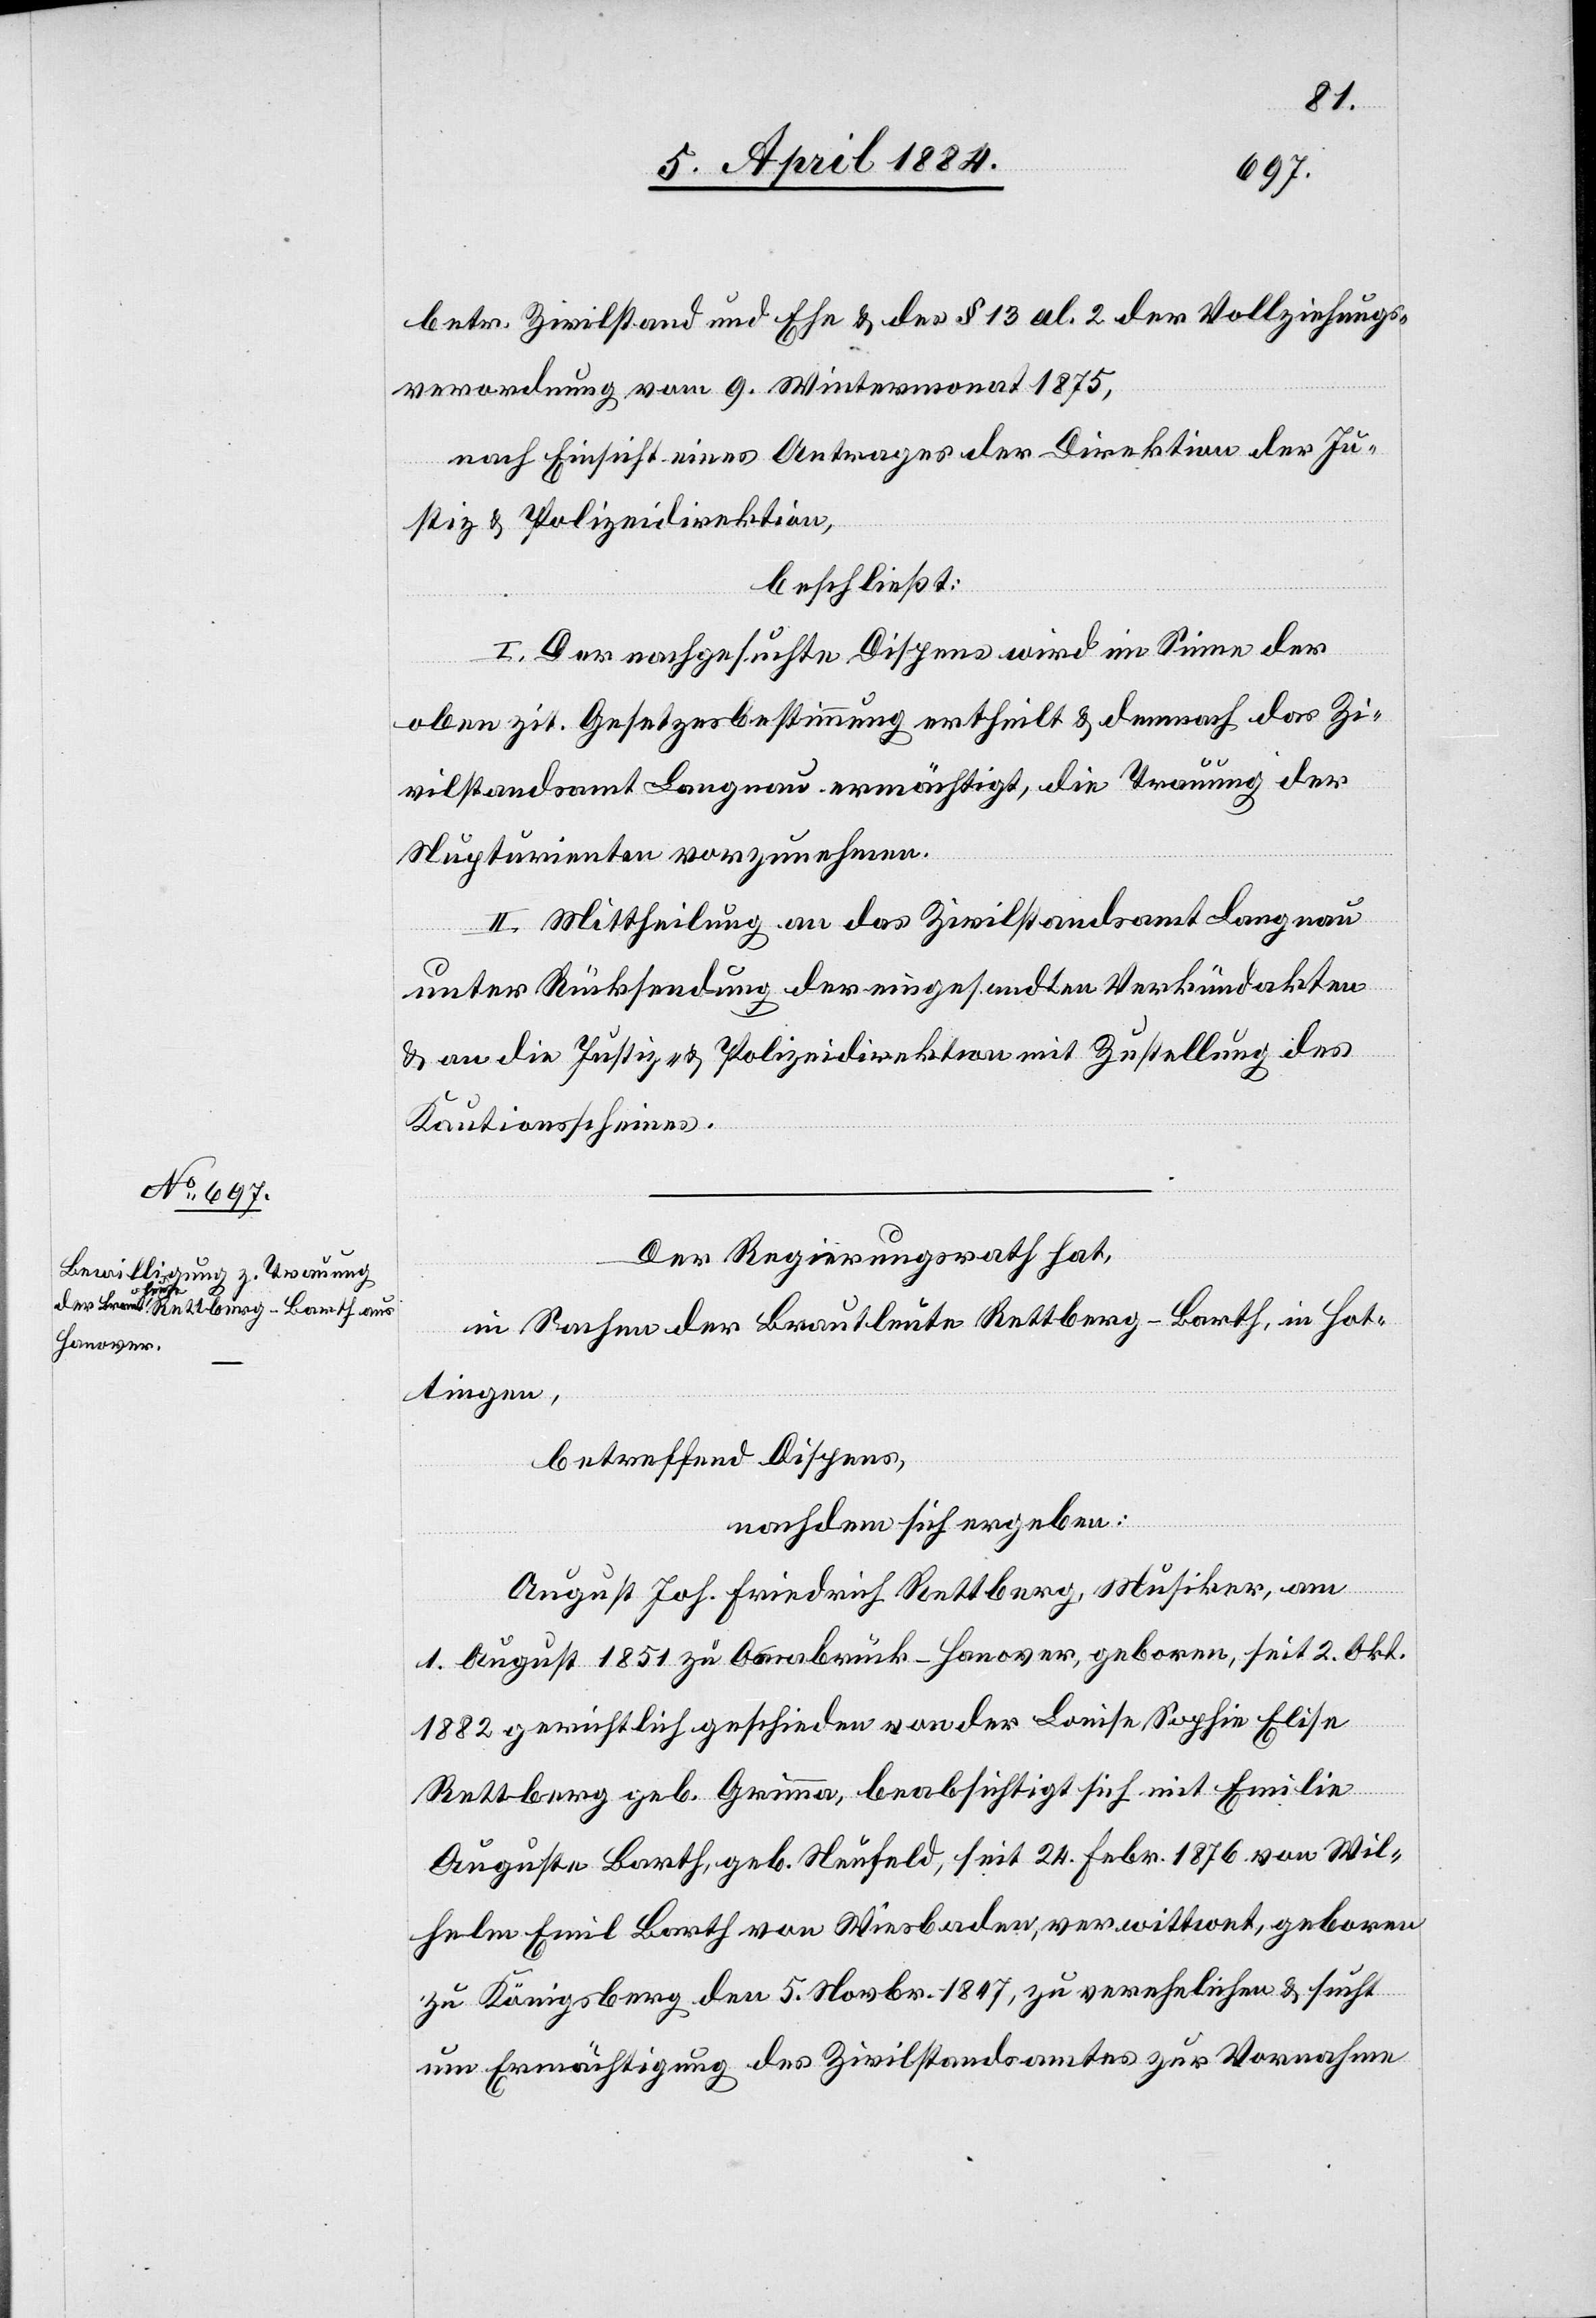
betr. Zivilstand und Ehe & des al. 2 der Vollziehungs¬
verordnung vom 9. Wintermonat 1875,
nach Einsicht eines Antrages der Direktion der Ju¬
stiz & Polizeidirektion,
beschließt:
I. Der nachgesuchte Dispens wird im Sinne der
oben zit. Gesetzesbestimmung ertheilt & demnach das Zi¬
vilstandamt Langnau ermächtigt, die Trauung der
Nupturienten vorzunehmen.
II. Mittheilung an das Zivilstandsamt Langnau
unter Rücksendung der eingesandten Verkündakten
& an die Justiz- & Polizeidirektion mit Zustellung des
Kautionsscheines.
Der Regierungsrath hat,
in Sachen der Brautleute Rettberg-Barth, in Hot¬
tingen,
betreffend Dispens,
nachdem sich ergeben:
August Joh. Friedrich Rettberg, Musiker, am
1. August 1851 zu Osnabrück - Hanover, geboren, seit 2. Okt.
1882 gerichtlich geschieden von der Louise Sophie Elise
Rettberg geb. Grimma, beabsichtigt sich mit Emilie
Auguste Barth, geb. Neufeld, seit 24. Febr. 1876 von Wil¬
helm Emil Barth von Wiesbaden, verwittwet, geboren
zu Königsberg den 5. Novbr. 1847, zu verehelichen & sucht
um Ermächtigung des Zivilstandsamtes zur Vornahme